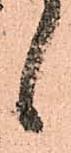
候